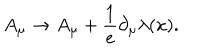
A _ { \mu } \rightarrow A _ { \mu } + \frac { 1 } { e } \partial _ { \mu } \lambda ( x ) .